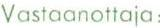
Vastaanottaja